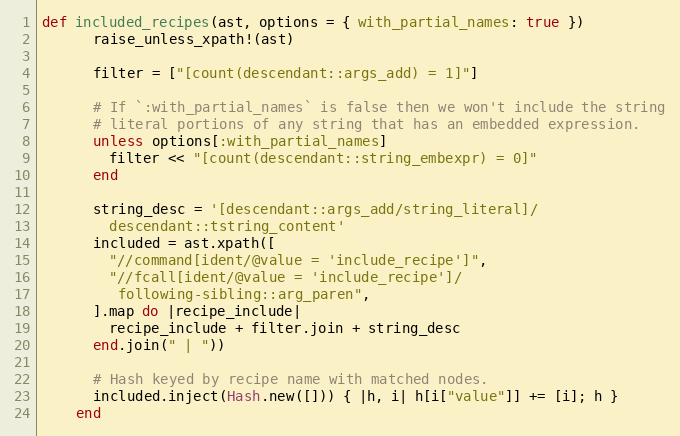
Language: Ruby
def included_recipes(ast, options = { with_partial_names: true })
      raise_unless_xpath!(ast)

      filter = ["[count(descendant::args_add) = 1]"]

      # If `:with_partial_names` is false then we won't include the string
      # literal portions of any string that has an embedded expression.
      unless options[:with_partial_names]
        filter << "[count(descendant::string_embexpr) = 0]"
      end

      string_desc = '[descendant::args_add/string_literal]/
        descendant::tstring_content'
      included = ast.xpath([
        "//command[ident/@value = 'include_recipe']",
        "//fcall[ident/@value = 'include_recipe']/
         following-sibling::arg_paren",
      ].map do |recipe_include|
        recipe_include + filter.join + string_desc
      end.join(" | "))

      # Hash keyed by recipe name with matched nodes.
      included.inject(Hash.new([])) { |h, i| h[i["value"]] += [i]; h }
    end